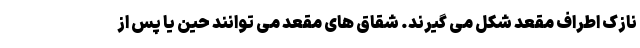
نازک اطراف مقعد شکل می گیرند. شقاق های مقعد می توانند حین یا پس از